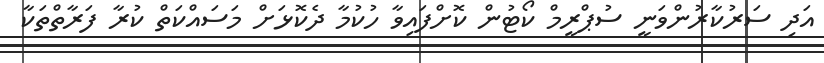
އަދި ސަރުކާރުންވަނީ ސުޕްރީމް ކޯޓުން ކޮށްފައިވާ ހުކުމާ ދެކޮޅަށް މަސައްކަތް ކުރާ ފަރާތްތަކާ